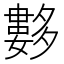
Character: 𡗆